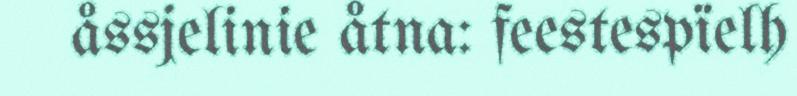
åssjelinie åtna: feestespïelh